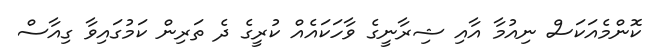
ކޮންމެއަކަސް ނިއުމާ އާއި ޝިރާނީގެ ވާހަކައެއް ކުރީގެ ދެ ތަރިން ކަމުގައިވާ ގިއާސް